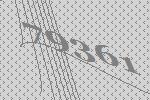
79361